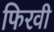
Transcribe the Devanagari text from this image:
फिरवी